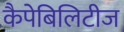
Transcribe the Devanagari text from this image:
कैपेबिलिटीज